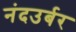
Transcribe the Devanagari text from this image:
नंदउर्बर